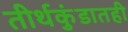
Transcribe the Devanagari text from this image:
तीर्थकुंडातही